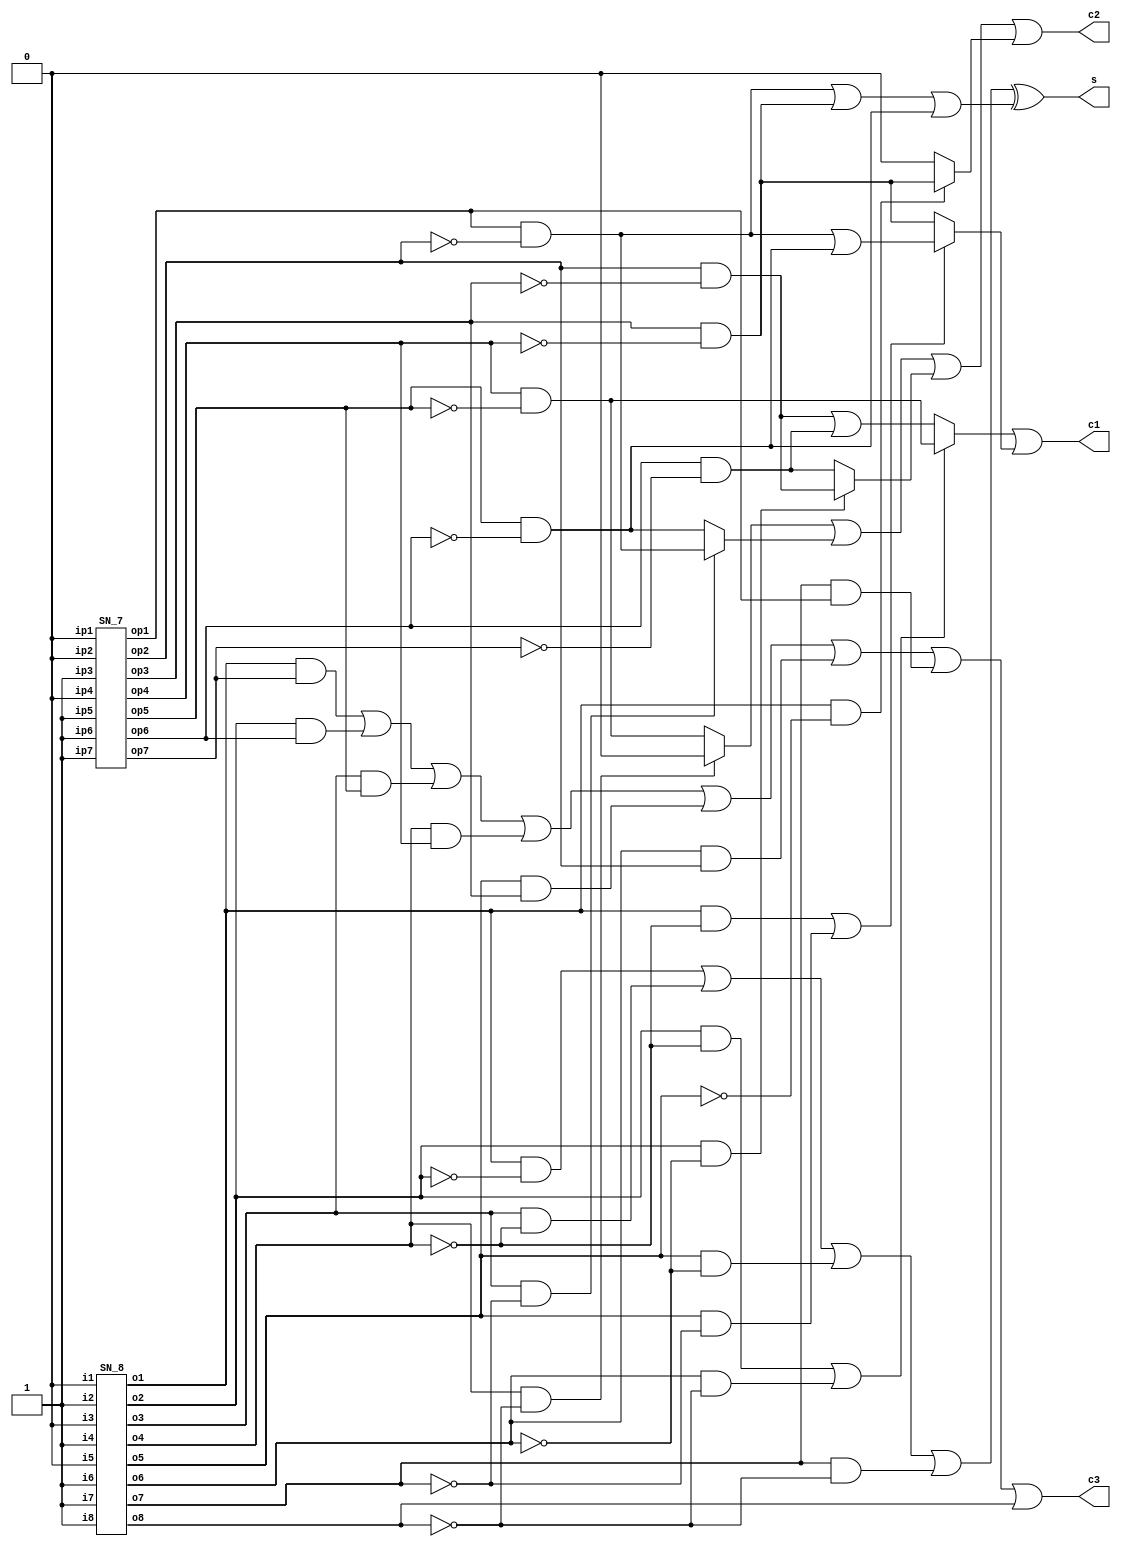
`timescale 1ns / 1ps


module counter_15_4 (s,c1,c2,c3);

output s,c1,c2,c3;
wire [14:0] in;
assign in = 15'b010101110010111;
wire o1,o2,o3,o4,o5,o6,o7,o8,op1,op2,op3,op4,op5,op6,op7;
wire [9:0] a;
wire [8:0] b;
wire p0,p1,p2,p3,p4,q0,q1,q2,q3;

SN_8 S8(.i1(in[14]),.i2(in[13]),.i3(in[12]),.i4(in[11]),.i5(in[10]),.i6(in[9]),.i7(in[8]),.i8(in[7]),.o1(o1),.o2(o2),.o3(o3),.o4(o4),.o5(o5),.o6(o6),.o7(o7),.o8(o8));
SN_7 S7(.ip1(in[6]),.ip2(in[5]),.ip3(in[4]),.ip4(in[3]),.ip5(in[2]),.ip6(in[1]),.ip7(in[0]),.op1(op1),.op2(op2),.op3(op3),.op4(op4),.op5(op5),.op6(op6),.op7(op7));

assign a = {o1,o1,o2,o3,o4,o5,o6,o7,o8,o8};
assign b = {op1,op1,op2,op3,op4,op5,op6,op7,op7};

assign p0 = (a[9] & (~a[8]));
assign p1 = (a[8] & (~a[7]));
assign p2 = (a[7] & (~a[6]));
assign p3 = (a[6] & (~a[5]));
assign p4 = (a[5] & (~a[4]));
assign p5 = (a[4] & (~a[3]));
assign p6 = (a[3] & (~a[2]));
assign p7 = (a[2] & (~a[1]));
assign p8 = (a[1] & (~a[0]));


assign q0 = (b[8] & (~b[7]));
assign q1 = (b[7] & (~b[6]));
assign q2 = (b[6] & (~b[5]));
assign q3 = (b[5] & (~b[4]));
assign q4 = (b[4] & (~b[3]));
assign q5 = (b[3] & (~b[2]));
assign q6 = (b[2] & (~b[1]));
assign q7 = (b[1] & (~b[0]));

assign s = (p1 | p3 | p5 | p7) ^ (q1 | q3 | q5 | q7);
assign c1 = (((a[7] & ~a[5]) | (a[3] & ~a[1])) ? (q0 | q4) : (q2 | q6)) | (((a[8] & ~a[5]) | (a[4] & ~a[2])) ? (q1 | q5) : (q3 | q7));
assign c2 = ((a[5] & ~a[1]) ? q0 : q4) | ((a[6] & ~a[2]) ? q1 : q5) | ((a[7] & ~a[3]) ? q2: q6) | ((a[8] & ~a[4]) ? q3: q7);
assign c3= (a[8] & b[1]) | (a[7] & b[2]) | (a[6] & b[3]) | (a[5] & b[4]) | (a[4] & b[5]) | (a[3] & b[6]) | (a[2] & b[8]) | a[1];
    
endmodule

module BS(x1,x2,y1,y2);

input x1,x2;
output y1,y2;

assign y1 = x1 | x2;
assign y2 = x1 & x2;

endmodule

module SN_8(i1,i2,i3,i4,i5,i6,i7,i8,o1,o2,o3,o4,o5,o6,o7,o8);

output o1,o2,o3,o4,o5,o6,o7,o8;
input i1,i2,i3,i4,i5,i6,i7,i8;
wire w11,w12,w13,w14,w5,w21,w22,w23,w24,w25,w31,w32,w33,w34,w35,w41,w42,w43,w44,w45,w51,w52,w53,w54,w55,w61,w62,w63,w64,w65,w71,w72,w73,w74,w75,w81,w82,w83,w84,w85;

BS BS_1(.x1(i1),.x2(i2),.y1(w11),.y2(w21));
BS BS_2(.x1(i3),.x2(i4),.y1(w31),.y2(w41));
BS BS_3(.x1(i5),.x2(i6),.y1(w51),.y2(w61));
BS BS_4(.x1(i7),.x2(i8),.y1(w71),.y2(w81));
BS BS_5(.x1(w11),.x2(w41),.y1(w12),.y2(w42));
BS BS_6(.x1(w51),.x2(w81),.y1(w52),.y2(w82));
BS BS_7(.x1(w21),.x2(w31),.y1(w22),.y2(w32));
BS BS_8(.x1(w61),.x2(w71),.y1(w62),.y2(w72));
BS BS_9(.x1(w12),.x2(w22),.y1(w13),.y2(w23));
BS BS_10(.x1(w32),.x2(w42),.y1(w33),.y2(w43));
BS BS_11(.x1(w52),.x2(w62),.y1(w53),.y2(w63));
BS BS_12(.x1(w72),.x2(w82),.y1(w73),.y2(w83));
BS BS_13(.x1(w13),.x2(w83),.y1(w14),.y2(w84));
BS BS_14(.x1(w23),.x2(w73),.y1(w24),.y2(w74));
BS BS_15(.x1(w33),.x2(w63),.y1(w34),.y2(w64));
BS BS_16(.x1(w43),.x2(w53),.y1(w44),.y2(w54));
BS BS_17(.x1(w14),.x2(w34),.y1(w15),.y2(w35));
BS BS_18(.x1(w54),.x2(w74),.y1(w55),.y2(w75));
BS BS_19(.x1(w24),.x2(w44),.y1(w25),.y2(w45));
BS BS_20(.x1(w64),.x2(w84),.y1(w65),.y2(w85));
BS BS_21(.x1(w15),.x2(w25),.y1(o1),.y2(o2));
BS BS_22(.x1(w35),.x2(w45),.y1(o3),.y2(o4));
BS BS_23(.x1(w55),.x2(w65),.y1(o5),.y2(o6));
BS BS_24(.x1(w75),.x2(w85),.y1(o7),.y2(o8));


endmodule

module SN_7(ip1,ip2,ip3,ip4,ip5,ip6,ip7,op1,op2,op3,op4,op5,op6,op7);

input ip1,ip2,ip3,ip4,ip5,ip6,ip7;
output op1,op2,op3,op4,op5,op6,op7;
wire w11,w12,w21,w22,w23,w31,w32,w33,w34,w35,w41,w42,w43,w44,w51,w52,w53,w54,w55,w61,w62,w71,w72,w73,w63;

BS BS_1(.x1(ip1),.x2(ip7),.y1(w11),.y2(w71));
BS BS_2(.x1(ip3),.x2(ip4),.y1(w31),.y2(w41));
BS BS_3(.x1(ip5),.x2(ip6),.y1(w51),.y2(w61));
BS BS_4(.x1(w11),.x2(w31),.y1(w12),.y2(w32));
BS BS_5(.x1(ip2),.x2(w51),.y1(w21),.y2(w52));
BS BS_6(.x1(w41),.x2(w71),.y1(w42),.y2(w72));
BS BS_7(.x1(w12),.x2(w21),.y1(op1),.y2(w22));
BS BS_8(.x1(w32),.x2(w61),.y1(w33),.y2(w62));
BS BS_9(.x1(w42),.x2(w52),.y1(w43),.y2(w53));
BS BS_10(.x1(w22),.x2(w33),.y1(w23),.y2(w34));
BS BS_11(.x1(w53),.x2(w72),.y1(w54),.y2(w73));
BS BS_12(.x1(w34),.x2(w43),.y1(w35),.y2(w44));
BS BS_13(.x1(w54),.x2(w62),.y1(w55),.y2(w63));
BS BS_14(.x1(w23),.x2(w35),.y1(op2),.y2(op3));
BS BS_15(.x1(w44),.x2(w55),.y1(op4),.y2(op5));
BS BS_16(.x1(w63),.x2(w73),.y1(op6),.y2(op7));


endmodule